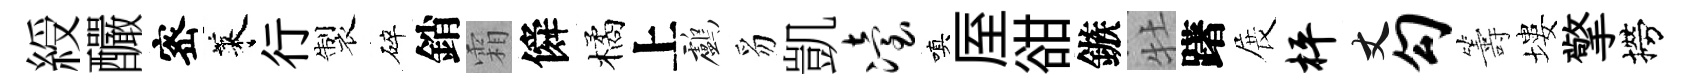
綬釅宻萊行製碎銷霜僢橘上鸕豸凱冶嗔厔𧮳鏃牡躇展枰丈勾籌塿擎撈